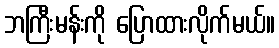
ဘကြီးမန်းကို ပြောထားလိုက်မယ်။